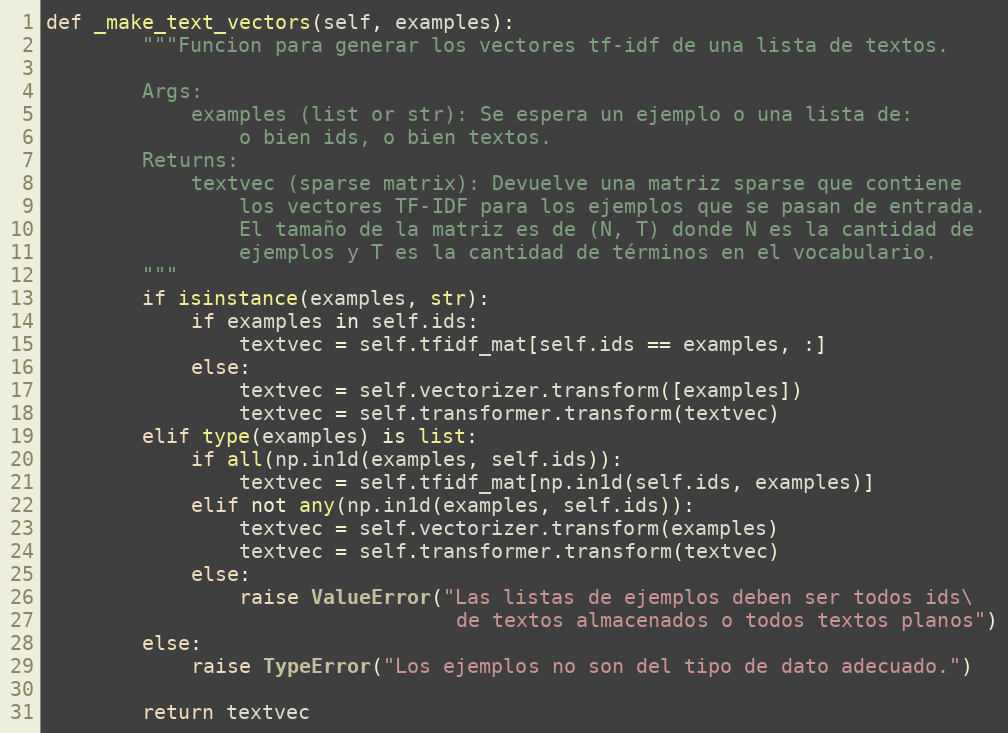
Language: Python
def _make_text_vectors(self, examples):
        """Funcion para generar los vectores tf-idf de una lista de textos.

        Args:
            examples (list or str): Se espera un ejemplo o una lista de:
                o bien ids, o bien textos.
        Returns:
            textvec (sparse matrix): Devuelve una matriz sparse que contiene
                los vectores TF-IDF para los ejemplos que se pasan de entrada.
                El tamaño de la matriz es de (N, T) donde N es la cantidad de
                ejemplos y T es la cantidad de términos en el vocabulario.
        """
        if isinstance(examples, str):
            if examples in self.ids:
                textvec = self.tfidf_mat[self.ids == examples, :]
            else:
                textvec = self.vectorizer.transform([examples])
                textvec = self.transformer.transform(textvec)
        elif type(examples) is list:
            if all(np.in1d(examples, self.ids)):
                textvec = self.tfidf_mat[np.in1d(self.ids, examples)]
            elif not any(np.in1d(examples, self.ids)):
                textvec = self.vectorizer.transform(examples)
                textvec = self.transformer.transform(textvec)
            else:
                raise ValueError("Las listas de ejemplos deben ser todos ids\
                                  de textos almacenados o todos textos planos")
        else:
            raise TypeError("Los ejemplos no son del tipo de dato adecuado.")

        return textvec